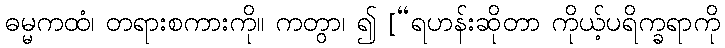
ဓမ္မကထံ၊ တရားစကားကို။ ကတွာ၊ ၍ [“ရဟန်းဆိုတာ ကိုယ့်ပရိက္ခရာကို